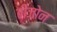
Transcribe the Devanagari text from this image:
बीजोन